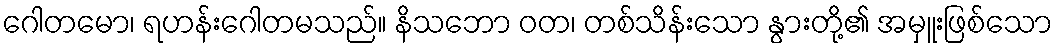
ဂေါတမော၊ ရဟန်းဂေါတမသည်။ နိသဘော ဝတ၊ တစ်သိန်းသော နွားတို့၏ အမှူးဖြစ်သော